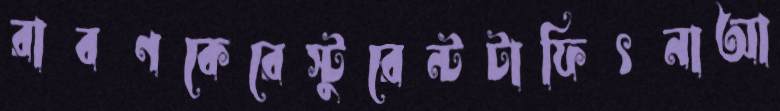
রাবণকেরেস্টুরেন্টটাফিৎনাআ